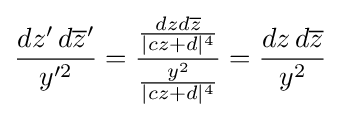
{\frac {dz'\,d{\overline {z}}'}{y'^{2}}}={\frac {\frac {dzd{\overline {z}}}{|cz+d|^{4}}}{\frac {y^{2}}{|cz+d|^{4}}}}={\frac {dz\,d{\overline {z}}}{y^{2}}}